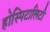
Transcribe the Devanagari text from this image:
होस्पिटालिटी